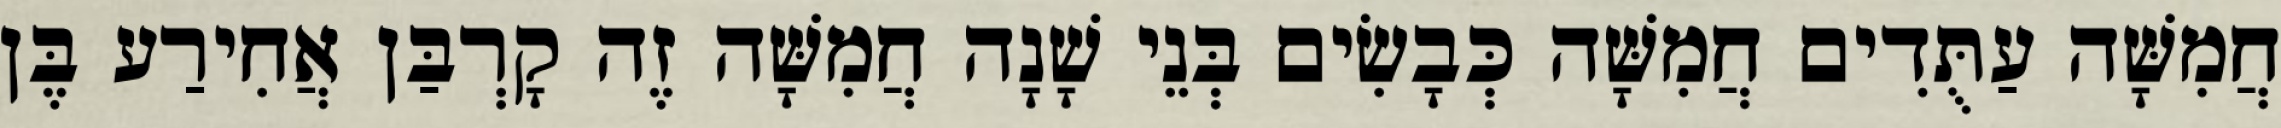
חֲמִשָּׁה עַתֻּדִים חֲמִשָּׁה כְּבָשִׂים בְּנֵי שָׁנָה חֲמִשָּׁה זֶה קָרְבַּן אֲחִירַע בֶּן